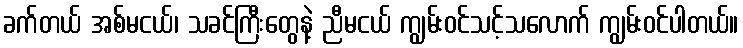
ခက်တယ် အစ်မငယ်၊ သခင်ကြီးတွေနဲ့ ညီမငယ် ကျွမ်းဝင်သင့်သလောက် ကျွမ်းဝင်ပါတယ်။